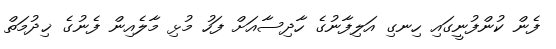
ފެން ކުންފުނީގައި ހިނގި އަލިފާނުގެ ހާދިސާއަށް ފަހު މުޅި މާލެއިން ފެނުގެ ޚިދުމަތް